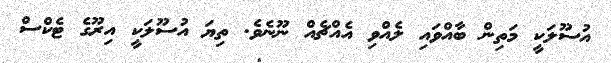
އުސޫލަކީ މަތިން ބާއްވައި ލެއްވި އެއްޗެއް ނޫނެވެ. ތިޔަ އުސޫލަކީ އިރޫގެ ޓެކްސް